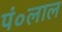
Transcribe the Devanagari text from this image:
पं०लाल